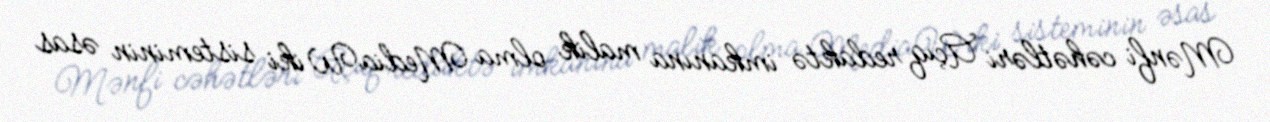
Mənfi cəhətləri Açıq redaktə imkanına malik olma MediaWiki sisteminin əsas